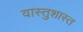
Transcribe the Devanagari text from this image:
वास्तुशास्त